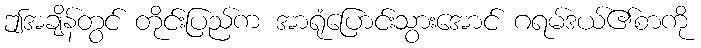
ဤအချိန်တွင် တိုင်းပြည်က အာရုံပြောင်းသွားအောင် ဂရမ်ဒယ်၏စာကို